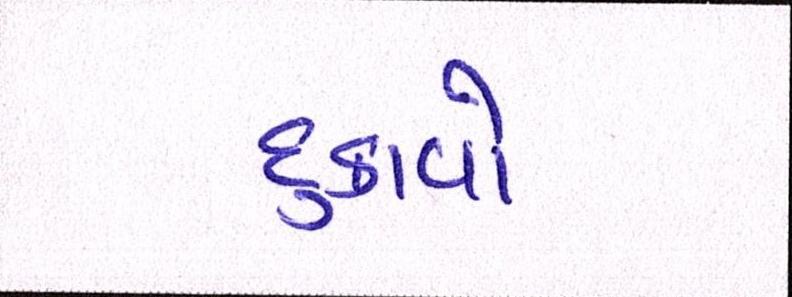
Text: દુઃકાવો